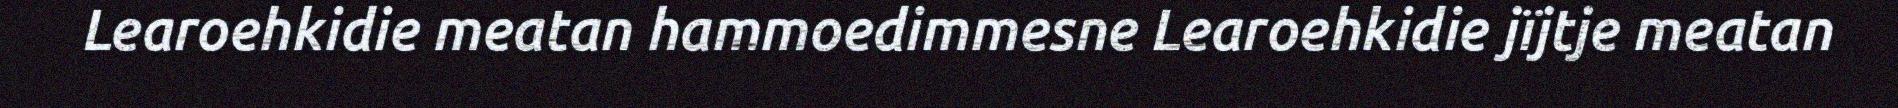
Learoehkidie meatan hammoedimmesne Learoehkidie jïjtje meatan